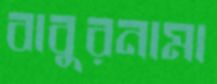
বাবুরনামা